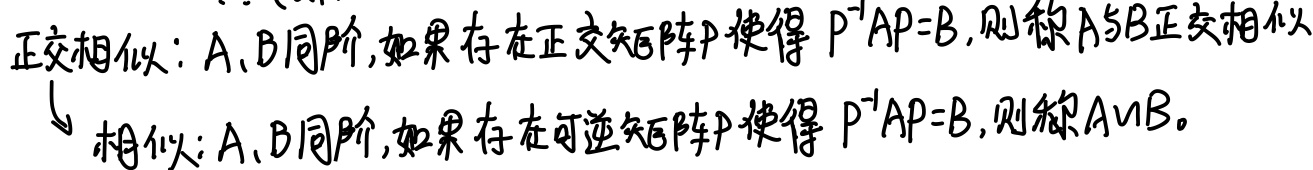
正交相似：A、B同阶，如果存在正交矩阵P使得 \(P^{-1}AP = B\)，则称A与B正交相似。
$\downarrow$
相似：A、B同阶，如果存在可逆矩阵P使得 \(P^{-1}AP = B\)，则称A~B。